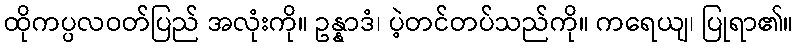
ထိုကပ္ပလဝတ်ပြည် အလုံးကို။ ဥန္နာဒံ၊ ပဲ့တင်တပ်သည်ကို။ ကရေယျ၊ ပြုရာ၏။